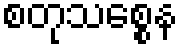
စတုသစ္စေန